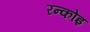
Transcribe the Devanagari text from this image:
रन्कोइ